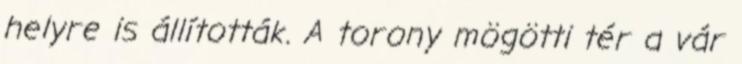
helyre is állították. A torony mögötti tér a vár